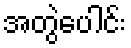
အတွဲပေါင်း